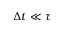
\Delta t \ll \tau